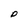
Character: D